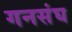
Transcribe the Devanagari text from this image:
गनसंघ